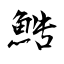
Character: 鯌